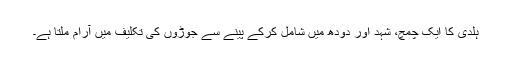
ہلدی کا ایک چمچ، شہد اور دودھ میں شامل کرکے پینے سے جوڑوں کی تکلیف میں آرام ملتا ہے۔